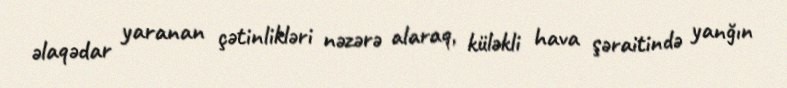
əlaqədar yaranan çətinlikləri nəzərə alaraq, küləkli hava şəraitində yanğın